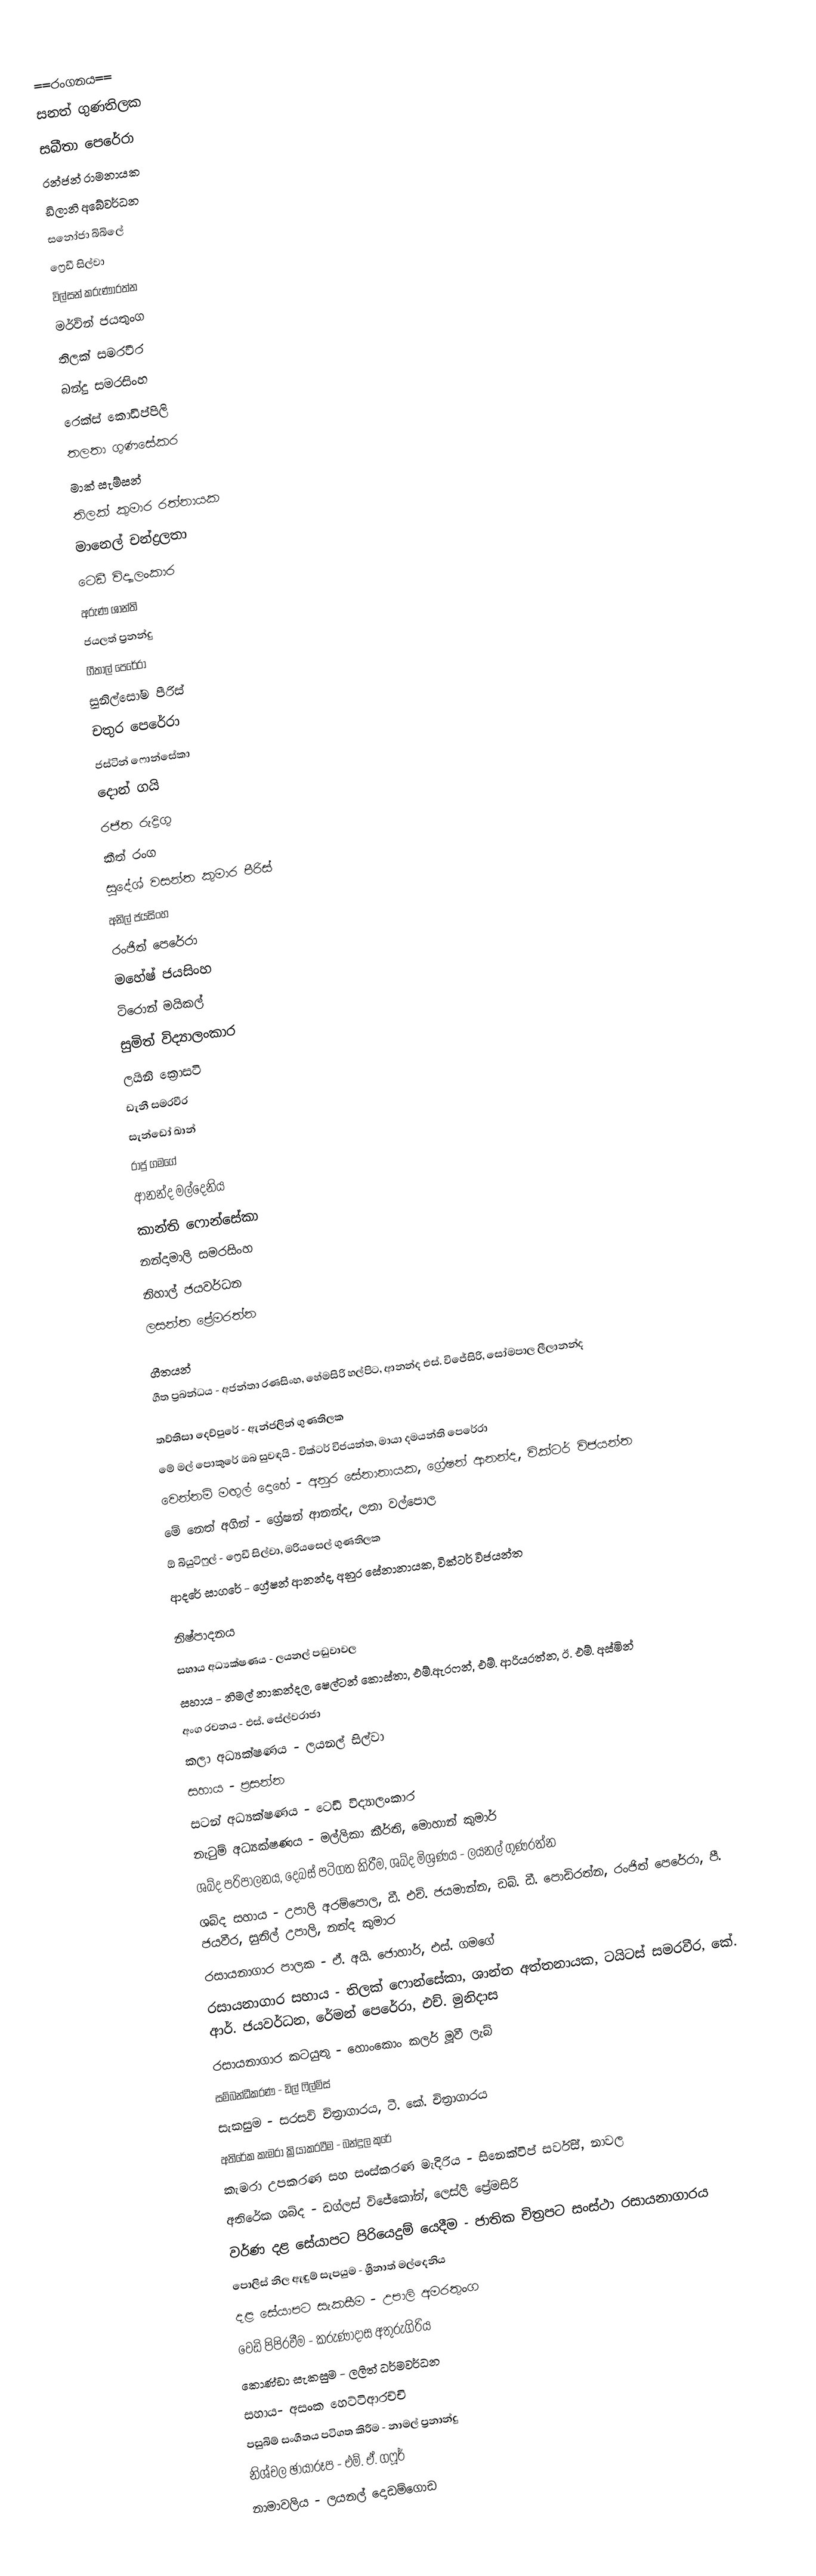
==රංගනය==
සනත් ගුණතිලක
සබීතා පෙරේරා
රන්ජන් රාමනායක
ඩිලානි අබේවර්ධන
සනෝජා බිබිලේ
ෆ්‍රෙඩී සිල්වා
විල්සන් කරුණාරත්න
මර්වින් ජයතුංග
තිලක් සමරවීර
බන්දු සමරසිංහ
රෙක්ස් කොඩිප්පිලි
තලතා ගුණසේකර
මාක් සැම්සන්
තිලක් කුමාර රත්නායක
මානෙල් චන්ද්‍රලතා
ටෙඩී විද්‍යාලංකාර
අරුණ ශාන්ති
ජයලත් ප්‍රනන්දු
ගීතාල් පෙරේරා
සුනිල්සෝම පීරිස්
චතුර පෙරේරා
ජස්ටින් ෆොන්සේකා
දොන් ගයි
රජිත රුද්‍රිගු
කීත් රංග
සුදේශ් වසන්ත කුමාර පීරිස්
අනිල් ජයසිංහ
රංජිත් පෙරේරා
මහේෂ් ජයසිංහ
ටිරොන් මයිකල්
සුමිත් විද්‍යාලංකාර
ලයිනි ක්‍රොසටි
ඩැනී සමරවීර
සැන්ඩෝ ඛාන්
රාජු ගමගේ
ආනන්ද මල්දෙනිය
කාන්ති ෆොන්සේකා
නන්දාමාලි සමරසිංහ
නිහාල් ජයවර්ධන
ලසන්ත ප්‍රේමරත්න

ගීතයන්
ගීත ප්‍රබන්ධය - අජන්තා රණසිංහ, හේමසිරි හල්පිට, ආනන්ද එස්. විජේසිරි, සෝමපාල ලීලානන්ද

තව්තිසා දෙව්පුරේ - ඇන්ජලින් ගුණතිලක
මේ මල් පොකුරේ ඔබ සුවඳයි - වික්ටර් විජයන්ත, මායා දමයන්ති පෙරේරා
වෙන්නම් මඟුල් දොහේ - අනුර සේනානායක, ග්‍රේෂන් ආනන්ද, වික්ටර් විජයන්ත
මේ නෙත් අගින් - ග්‍රේෂන් ආනන්ද, ලතා වල්පොල
ඕ බියුටිෆුල් - ෆ්‍රෙඩී සිල්වා, මරියසෙල් ගුණතිලක
ආදරේ සාගරේ - ග්‍රේෂන් ආනන්ද, අනුර සේනානායක, වික්ටර් විජයන්ත

නිෂ්පාදනය
සහාය අධ්‍යක්ෂණය - ලයනල් පඬුවාවල
සහාය - නිමල් නාකන්දල, ෂෙල්ටන් කොස්තා, එම්.ඇරෆන්, එම්. ආරියරත්න, ඊ. එම්. අස්මින්
අංග රචනය - එස්. සේල්වරාජා
කලා අධ්‍යක්ෂණය - ලයනල් සිල්වා
සහාය - ප්‍රසන්න
සටන් අධ්‍යක්ෂණය - ටෙඩී විද්‍යාලංකාර
නැටුම් අධ්‍යක්ෂණය - මල්ලිකා කීර්ති, මොහාන් කුමාර්
ශබ්ද පරිපාලනය, දෙබස් පටිගත කිරීම, ශබ්ද මිශ්‍රණය - ලයනල් ගුණරත්න
ශබ්ද සහාය - උපාලි අරම්පොල, ඩී. එච්. ජයමාන්න, ඩබ්. ඩී. පොඩිරත්න, රංජිත් පෙරේරා, පී. ජයවීර, සුනිල් උපාලි, නන්ද කුමාර
රසායනාගාර පාලක - ඒ. අයි. ජොහාර්, එස්. ගමගේ
රසායනාගාර සහාය - තිලක් ෆොන්සේකා, ශාන්ත අත්තනායක, ටයිටස් සමරවීර, කේ. ආර්. ජයවර්ධන, රේමන් පෙරේරා, එච්. මුනිදාස
රසායනාගාර කටයුතු - හොංකොං කලර් මූවී ලැබ්
සම්බන්ධීකරණ - ඩිල් ෆිල්ම්ස්
සැකසුම - සරසවි චිත්‍රාගාරය, ටී. කේ. චිත්‍රාගාරය
අතිරේක කැමරා ක්‍රියාකරවීම - බන්දුල කුරේ
කැමරා උපකරණ සහ සංස්කරණ මැදිරිය - සිනෙක්විප් සර්විස්, නාවල
අතිරේක ශබ්ද - ඩග්ලස් විජේකෝන්, ලෙස්ලි ප්‍රේමසිරි
වර්ණ දළ සේයාපට පිරියෙදුම් යෙදීම - ජාතික චිත්‍රපට සංස්ථා රසායනාගාරය
පොලිස් නිල ඇඳුම් සැපයුම - ශ්‍රීනාත් මල්දෙනිය
දළ සේයාපට සැකසීම - උපාලි අමරතුංග
වෙඩි පිපිරවීම - කරුණාදාස අතුරුගිරිය
කොණ්ඩා සැකසුම - ලලිත් ධර්මවර්ධන
සහාය- අසංක හෙට්ටිආරච්චි
පසුබිම් සංගීතය පටිගත කිරීම - නාමල් ප්‍රනාන්දු
නිශ්චල ඡායාරූප - එම්. ඒ. ගෆූර්
නාමාවලිය - ලයනල් දොඩම්ගොඩ